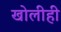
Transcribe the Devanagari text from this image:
खोलीही